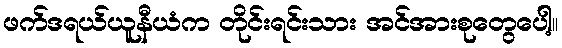
ဖက်ဒရယ်ယူနီယံက တိုင်းရင်းသား အင်အားစုတွေပေါ့။